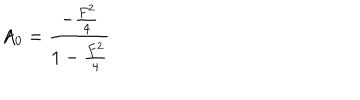
A _ { 0 } = { \frac { - { \frac { F ^ { 2 } } { 4 } } } { 1 - { \frac { F ^ { 2 } } { 4 } } } }